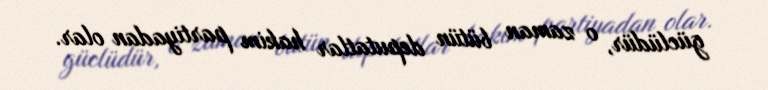
güclüdür, o zaman bütün deputatlar hakim partiyadan olar.